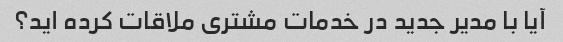
آیا با مدیر جدید در خدمات مشتری ملاقات کرده اید؟